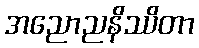
အညောညနိဿိတာ